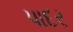
પાદર